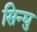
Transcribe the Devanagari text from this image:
सिन्घु